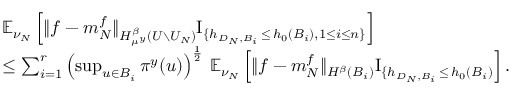
\begin{array} { r l } & { \mathbb { E } _ { \nu _ { N } } \left[ \| f - m _ { N } ^ { f } \| _ { H _ { \mu ^ { y } } ^ { \beta } ( U \setminus U _ { N } ) } \mathrm { I } _ { \{ h _ { D _ { N } , B _ { i } } \, \leq \, h _ { 0 } ( B _ { i } ) , 1 \leq i \leq n \} } \right] } \\ & { \leq \sum _ { i = 1 } ^ { r } \left( \operatorname* { s u p } _ { u \in B _ { i } } \pi ^ { y } ( u ) \right) ^ { \frac { 1 } { 2 } } \, \mathbb { E } _ { \nu _ { N } } \left[ \| f - m _ { N } ^ { f } \| _ { H ^ { \beta } ( B _ { i } ) } \mathrm { I } _ { \{ h _ { D _ { N } , B _ { i } } \, \leq \, h _ { 0 } ( B _ { i } ) } \right] . } \end{array}